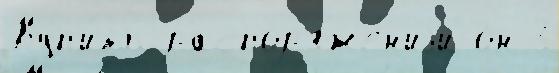
Куп'и́ть распор'яже́н'иjи он 3